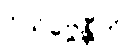
ဝိသိဗ္ဗေန္တီတိ